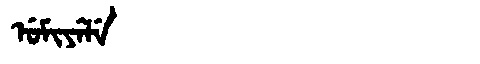
Manchu: ᡠᠮᡳᠶᡝᠯᡝ
Romanization: UMIYELE